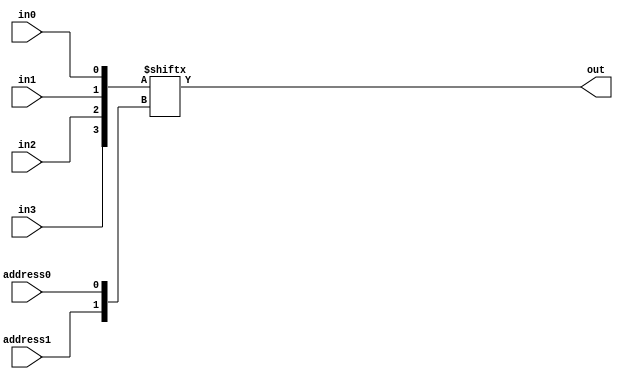
// From https://github.com/CompArchFA19/hw2-vscheyer

// define gates with delays

`default_nettype none

module mux
(
    output out,
    input address0, address1,
    input in0, in1, in2, in3
);
    // Join single-bit inputs into a bus, use address as index
    wire[3:0] inputs = {in3, in2, in1, in0};
    wire[1:0] address = {address1, address0};
    assign out = inputs[address];
endmodule